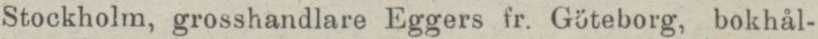
Stockholm, grosshandlare Eggers fr. Göteborg, bokhål-